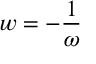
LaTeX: w = - \frac 1 \omega